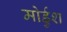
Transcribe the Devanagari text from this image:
मोर्डुश